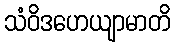
သံဝိဒဟေယျာမာတိ